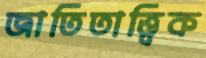
জাতিতাত্ত্বিক